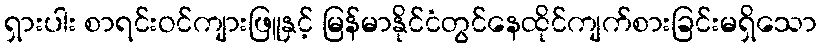
ရှားပါး စာရင်းဝင်ကျားဖြူနှင့် မြန်မာနိုင်ငံတွင်နေထိုင်ကျက်စားခြင်းမရှိသော